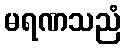
မရဏသညံ